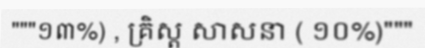
"""១៣%) , គ្រិស្ត សាសនា ( ១០%)"""